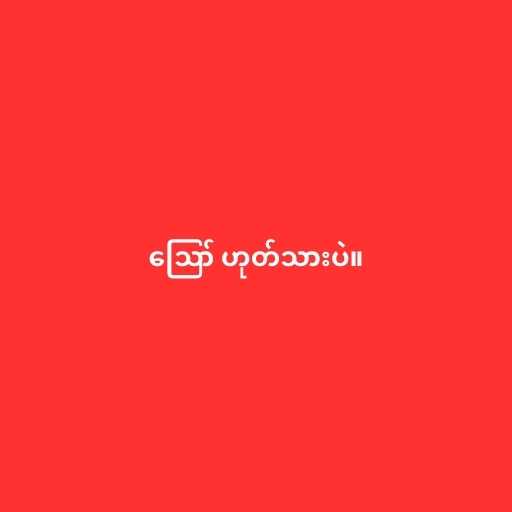
ဪ ဟုတ်သားပဲ။